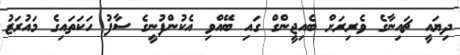
ދިޔައީ ޗައިނާގެ ވެރިރަށް ބެއިޖީންގް ގައި ބޭއްވި އެކުންފުނީގެ ސާފު ހަކަތައިގެ މައުރަޒު